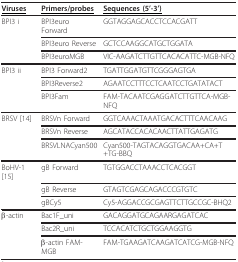
<table><thead><tr><td><b><underline>Viruses</underline></b></td><td><b><underline>Primers/probes</underline></b></td><td><b><underline>Sequences (5&#x27;-3&#x27;)</underline></b></td></tr></thead><tbody><tr><td>BPI3 i</td><td>BPI3euro Forward</td><td>GGTAGGAGCACCTCCACGATT</td></tr><tr><td></td><td>BPI3euro Reverse</td><td>GCTCCAAGGCATGCTGGATA</td></tr><tr><td></td><td>BPI3euroMGB</td><td>VIC-AAGATCTTGTTCACACATTC-MGB-NFQ</td></tr><tr><td>BPI3 ii</td><td>BPI3 Forward2</td><td>TGATTGGATGTTCGGGAGTGA</td></tr><tr><td></td><td>BPI3Reverse2</td><td>AGAATCCTTTCCTCAATCCTGATATACT</td></tr><tr><td></td><td>BPI3Fam</td><td>FAM-TACAATCGAGGATCTTGTTCA-MGB-NFQ</td></tr><tr><td>BRSV [14]</td><td>BRSVn Forward</td><td>GGTCAAACTAAATGACACTTTCAACAAG</td></tr><tr><td></td><td>BRSVn Reverse</td><td>AGCATACCACACAACTTATTGAGATG</td></tr><tr><td></td><td>BRSVLNACyan500</td><td>Cyan500-TAGTACAGGTGACAA+CA+T+TG-BBQ</td></tr><tr><td>BoHV-1 [15]</td><td>gB Forward</td><td>TGTGGACCTAAACCTCACGGT</td></tr><tr><td></td><td>gB Reverse</td><td>GTAGTCGAGCAGACCCGTGTC</td></tr><tr><td></td><td>gBCy5</td><td>Cy5-AGGACCGCGAGTTCTTGCCGC-BHQ2</td></tr><tr><td>β-actin</td><td>Bac1F_uni</td><td>GACAGGATGCAGAARGAGATCAC</td></tr><tr><td></td><td>Bac2R_uni</td><td>TCCACATCTGCTGGAAGGTG</td></tr><tr><td></td><td>β-actin FAM-MGB</td><td>FAM-TGAAGATCAAGATCATCG-MGB-NFQ</td></tr></tbody></table>